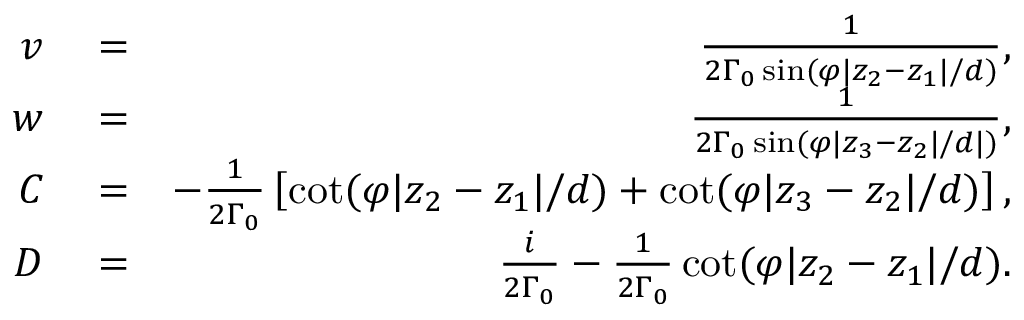
\begin{array} { r l r } { v } & { { } = } & { \frac { 1 } { 2 \Gamma _ { 0 } \sin ( \varphi | z _ { 2 } - z _ { 1 } | / d ) } , } \\ { w } & { { } = } & { \frac { 1 } { 2 \Gamma _ { 0 } \sin ( \varphi | z _ { 3 } - z _ { 2 } | / d | ) } , } \\ { C } & { { } = } & { - \frac { 1 } { 2 \Gamma _ { 0 } } \left[ \cot ( \varphi | z _ { 2 } - z _ { 1 } | / d ) + \cot ( \varphi | z _ { 3 } - z _ { 2 } | / d ) \right] , } \\ { D } & { { } = } & { \frac { i } { 2 \Gamma _ { 0 } } - \frac { 1 } { 2 \Gamma _ { 0 } } \cot ( \varphi | z _ { 2 } - z _ { 1 } | / d ) . } \end{array}